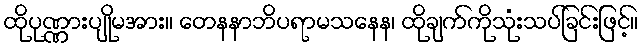
ထိုပုဏ္ဏားပျိုမအား။ တေနနာဘိပရာမသနေန၊ ထိုချက်ကိုသုံးသပ်ခြင်းဖြင့်။